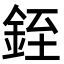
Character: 銍